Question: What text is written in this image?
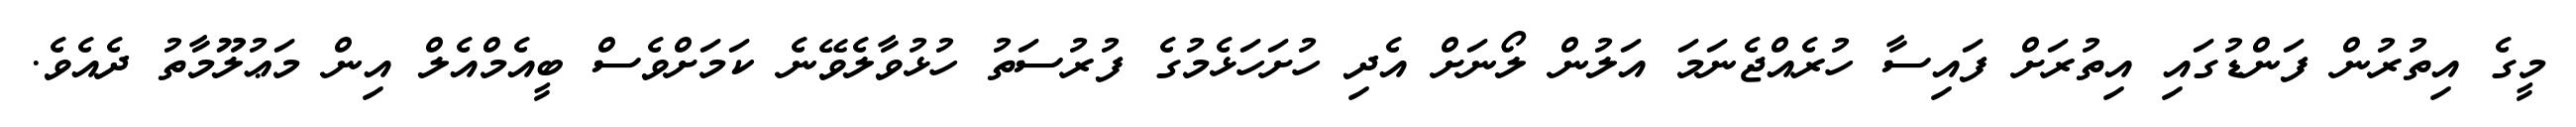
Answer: މީގެ އިތުރުން ފަންޑުގައި އިތުރަށް ފައިސާ ހުރެއްޖެނަމަ އަލުން ލޯނަށް އެދި ހުށަހަޅެމުގެ ފުރުސަތު ހުޅުވާލެވޭނެ ކަމަށްވެސް ބީއެމްއެލް އިން މަޢުލޫމާތު ދެއެވެ.